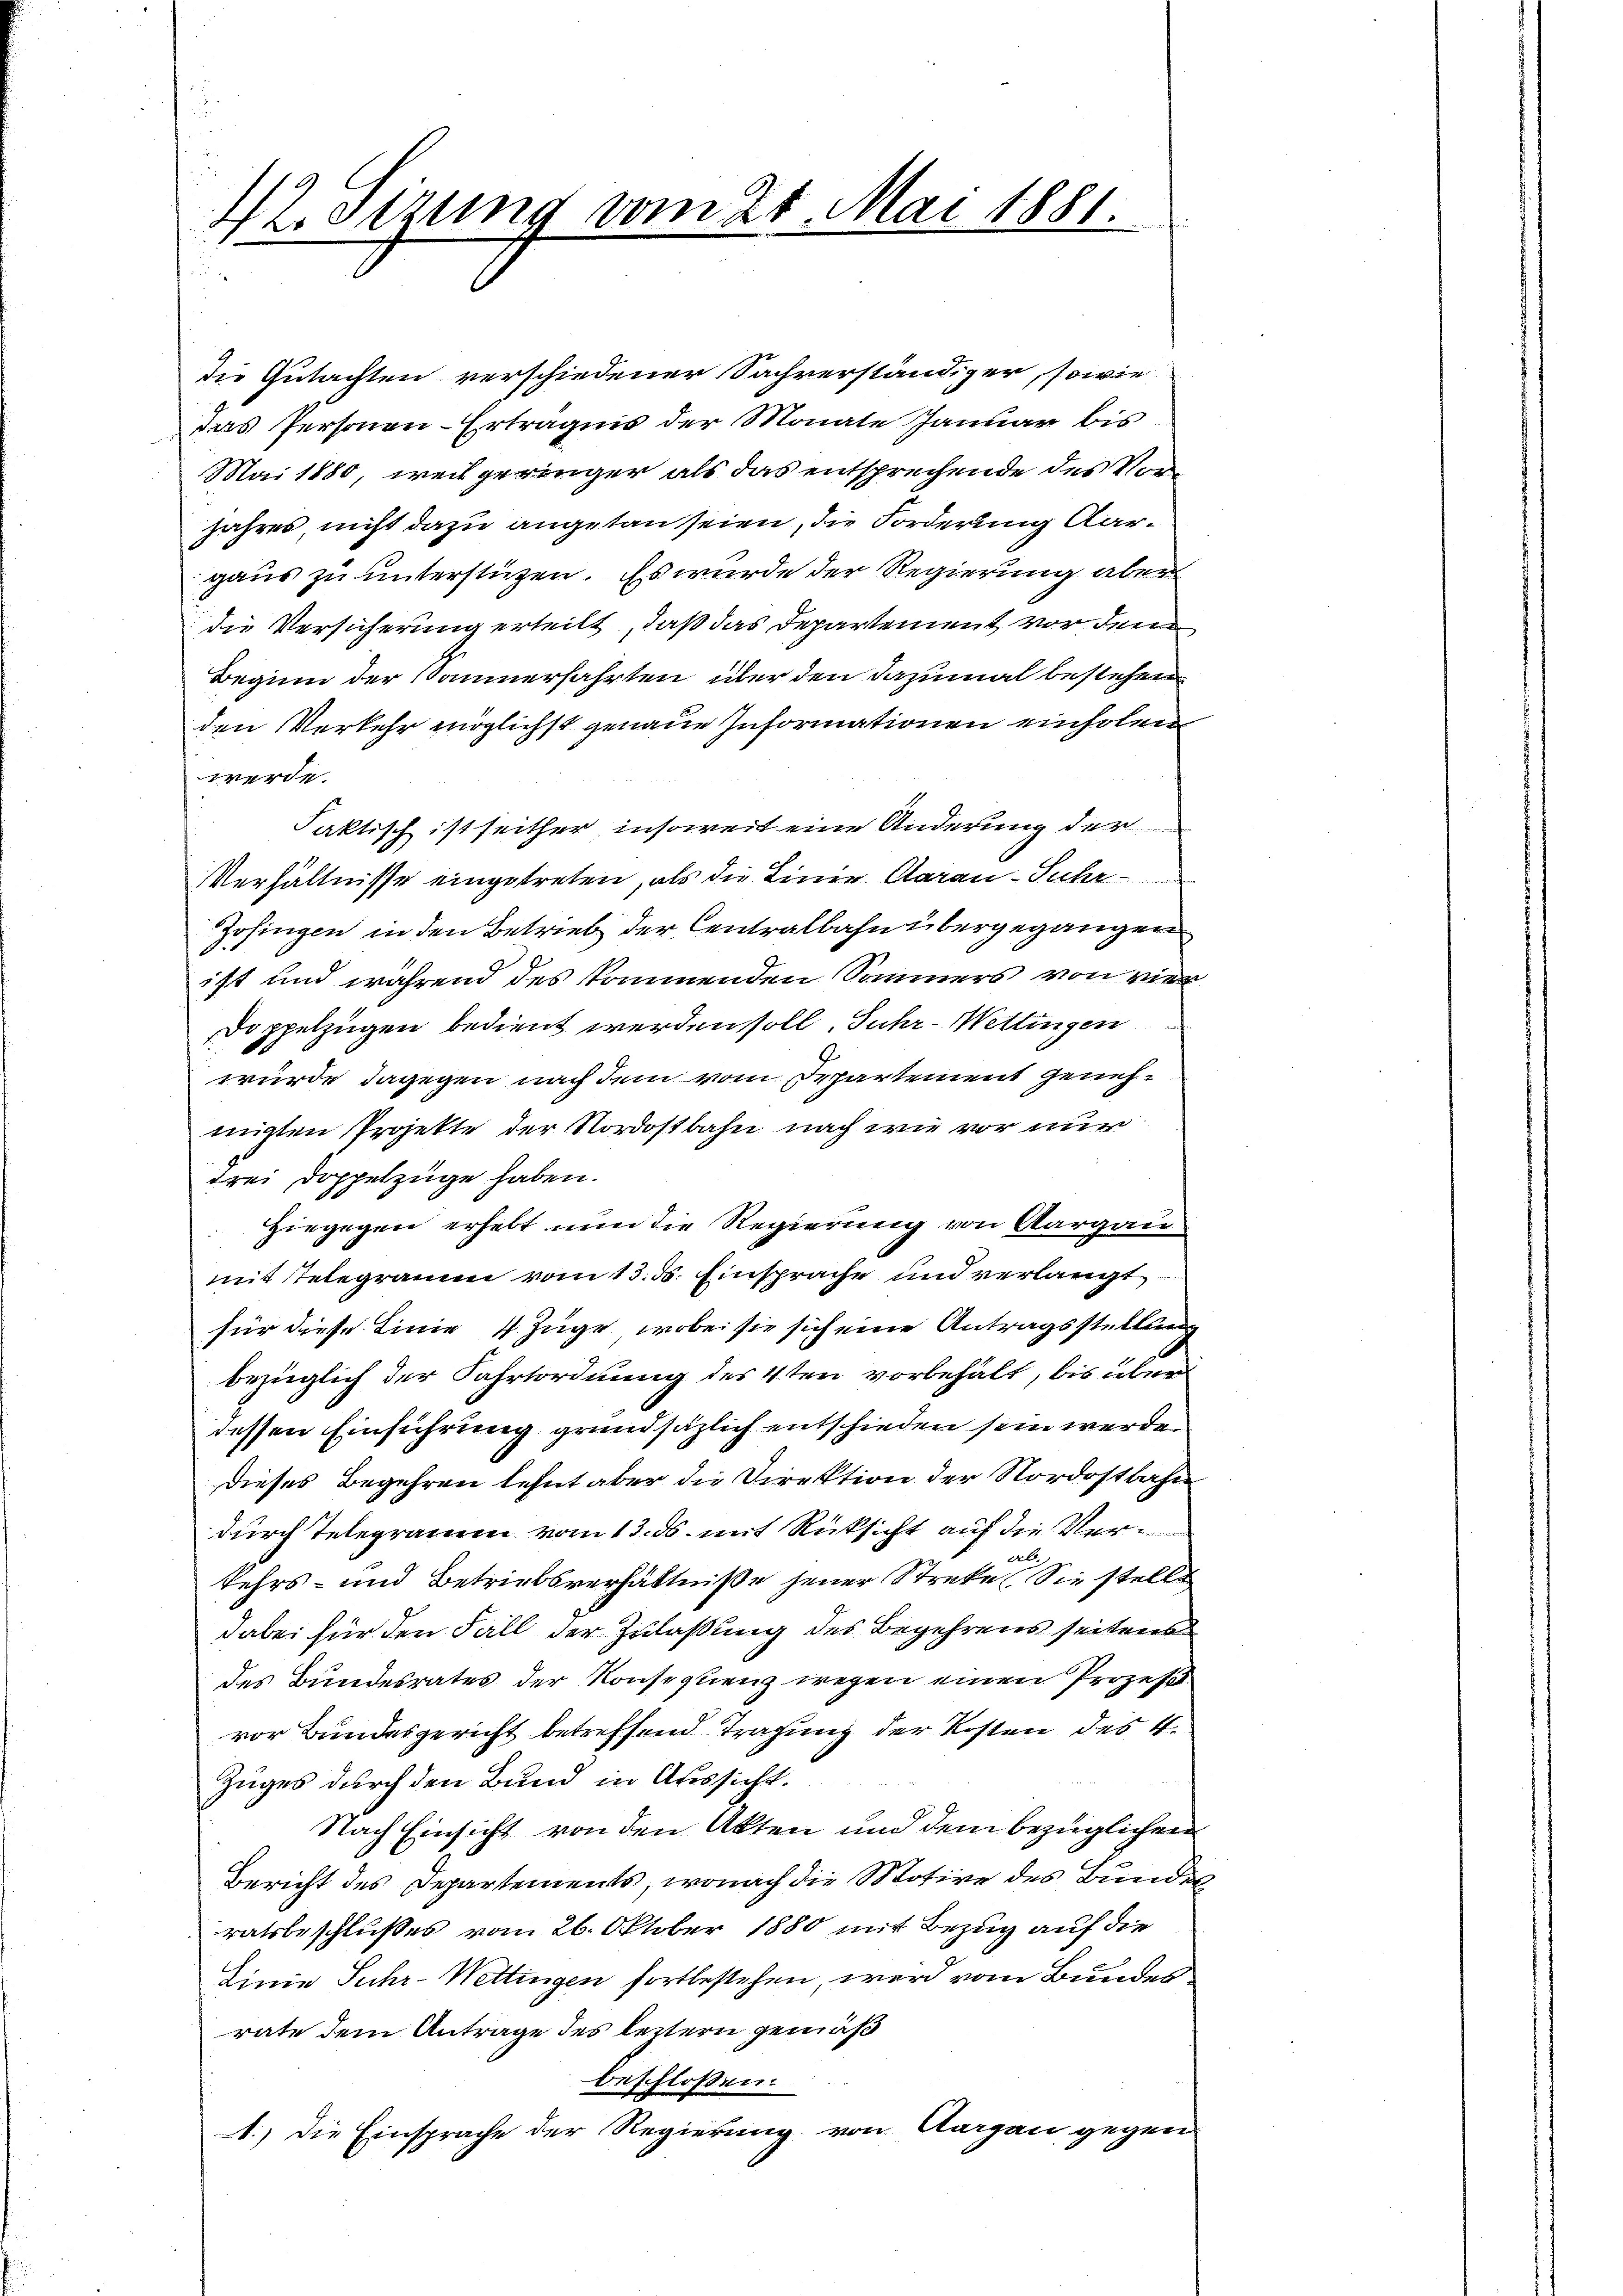
42. Sizung vom 21. Mai 1881.
u

die Gutachten verschiedener Sachverständiger, sowie
Das Personen-Erträgnis der Monate Januar bis
Mai 1880, weil geringer als das entsprechende des Vorjahres, nicht dazu angetan seien, die Forderung Aargaus zu unterstützen. Es wurde der Regierung aber
die Versicherung erteilt, daß das Departement vor den
Beginn der Sammerfahrten über den dazumal bestehen
den Verkehr möglichst genaue Informationen einholen
werde.
Faktisch ist seither insoweit eine Änderung der
Verhältnisse eingetreten, als die Linie Aarau-Suhr
Zofingen in den Betrieb der Centralbahn übergegangen
ist und während des kommenden Sammers von vier
Doppelzügen bedient werden soll, Fuhr- Wettingen
wurde dagegen nach dem vom Departement genehmigten Projekte der Nordostbahn nach wie vor nur
drei Doppelzüge haben.
Hiegegen erhebt nun die Regierung von Aargau
mit Telegramm vom 13. d. Einsprache und verlangt
für diese Linie 4 Züge, wobei sie sich eine Antragsstellung
bezüglich der Fahrtordnung des 4ten vorbehält, bis über
dessen Einführung grundsäzlich entschieden sein werde.
dieses Begehren lehnt aber die Direktion der Nordostbahn
durch Telegramm vom 13. ds. mit Rücksicht auf die Ver¬
Ab.
kehrs- und Betriebsverhältniße jener Streke Sie stelle
dabei für den Fall der Zulaßung des Begehrens seitens
des Bundesrates der Konsequenz wegen einen Prozess
vor Bundesgericht betreffend Tragung der Kosten des 4.
Zuges durch den Bund in Aussicht.
Nach Einsicht von den Akten und dem bezüglichen
Bericht des Departements, wonach die Motive des Bundes
ratsbeschlußes vom 26. Oktober 1880 mit Bezug auf die
Linie Suhr-Wettingen fortbestehen, wird vom Bundes
rate dem Antrage des leitern gemäß
beschlossen:
1.) Die Einsprache der Regierung von Aargau gegen